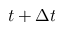
t + \Delta t